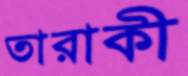
তারাকী